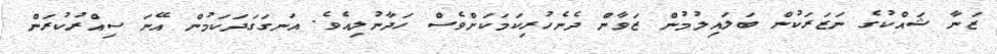
ޒަނާ ޝައްކުގެ ނަޒަރަކުން ބަލައިލުމުން ޒަވާން ދެނެހުރިކަމަކަށްވެސް ހަދާނުލިއެވެ. އަނގަގަދަކަމުން އޭނަ ސިއްރުކުރަން